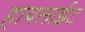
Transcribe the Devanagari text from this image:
हायलाईट